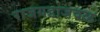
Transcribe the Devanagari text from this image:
राजगडाजवळ